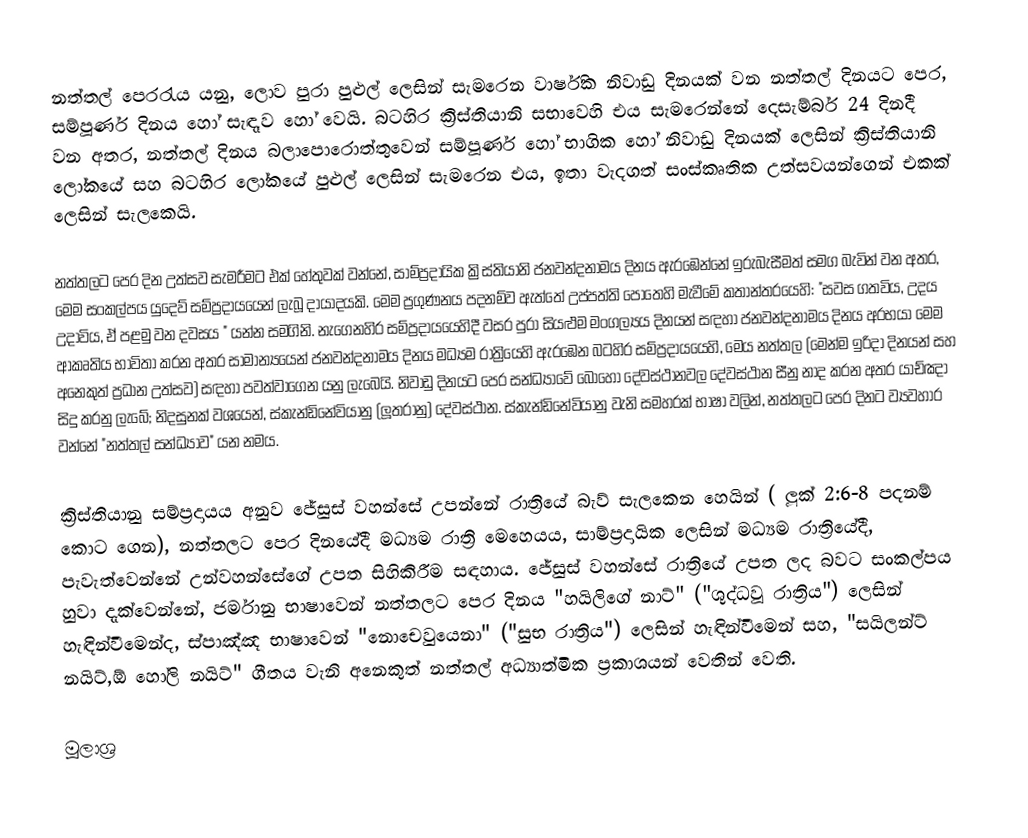
නත්තල් පෙරරැය යනු, ලොව පුරා පුළුල් ලෙසින් සැමරෙන වාර්ෂික නිවාඩු දිනයක්  වන නත්තල් දිනයට පෙර, සම්පූර්ණ දිනය හෝ  සැඳෑව හෝ වෙයි. බටහිර ක්‍රිස්තියානි සභාවෙහි එය සැමරෙන්නේ දෙසැම්බර් 24 දිනදී වන අතර, නත්තල් දිනය බලාපොරොත්තුවෙන්  සම්පූර්ණ හෝ භාගික හෝ නිවාඩු දිනයක් ලෙසින් ක්‍රිස්තියානි ලෝකයේ සහ බටහිර ලෝකයේ පුළුල් ලෙසින් සැමරෙන එය, ඉතා වැදගත් සංස්කෘතික උත්සවයන්ගෙන් එකක් ලෙසින් සැලකෙයි.

නත්තලට පෙර දින උත්සව සැමරීමට එක් හේතුවක් වන්නේ, සාම්ප්‍රදායික ක්‍රිස්තියානි ජනවන්දනාමය දිනය ඇරඹෙන්නේ ඉරුබැසීමත් සමග බැවින් වන අතර, මෙම සංකල්පය යුදෙව් සම්ප්‍රදායයෙන් ලැබූ දායාදයකි.  මෙම ප්‍රගුණනය පදනම්ව ඇත්තේ උප්පත්ති පොතෙහි මැවීමේ කතාන්තරයෙහි: "සවස ගතවිය, උදය උදාවිය, ඒ පළමු වන දවසය " යන්න සමගිනි. නැගෙනහිර සම්ප්‍රදායයෙහිදී වසර පුරා සියළුම මංගල්‍යය දිනයන් සඳහා ජනවන්දනාමය දිනය අරභයා මෙම ආකෘතිය භාවිතා කරන අතර  සාමාන්‍යයෙන් ජනවන්දනාමය දිනය මධ්‍යම රාත්‍රියෙහි ඇරඹෙන බටහිර සම්ප්‍රදායයෙහි, මෙය නත්තල (මෙන්ම ඉරිදා දිනයන් සහ අනෙකුත් ප්‍රධාන උත්සව) සඳහා පවත්වාගෙන යනු ලැබෙයි.  නිවාඩු දිනයට පෙර සන්ධ්‍යාවේ බොහෝ දේවස්ථානවල  දේවස්ථාන සීනු නාද කරන අතර යාච්ඤා සිදු කරනු ලැබේ; නිදසුනක් වශයෙන්, ස්කැන්ඩිනේවියානු (ලූතරානු) දේවස්ථාන.  ස්කැන්ඩිනේවියානු වැනි සමහරක් භාෂා වලින්, නත්තලට පෙර දිනට ව්‍යවහාර වන්නේ "නත්තල් සන්ධ්‍යාව" යන නමය.

ක්‍රිස්තියානු සම්ප්‍රදායය අනුව ජේසුස් වහන්සේ උපන්නේ රාත්‍රියේ බැව් සැලකෙන හෙයින් ( ලූක් 2:6-8 පදනම් කොට ගෙන), නත්තලට පෙර දිනයේදී මධ්‍යම රාත්‍රි මෙහෙයය, සාම්ප්‍රදායික ලෙසින් මධ්‍යම රාත්‍රියේදී, පැවැත්වෙන්නේ උන්වහන්සේගේ උපත සිහිකිරීම සඳහාය.  ජේසුස් වහන්සේ රාත්‍රියේ උපත ලද බවට සංකල්පය හුවා දැක්වෙන්නේ, ජර්මානු භාෂාවෙන් නත්තලට පෙර දිනය  "හයිලිගේ නාට්" ("ශුද්ධවූ රාත්‍රිය") ලෙසින් හැඳින්වීමෙන්ද, ස්පාඤ්ඤ භාෂාවෙන් "නොචෙවුයෙනා" ("සුභ රාත්‍රිය") ලෙසින් හැඳින්වීමෙන් සහ, "සයිලන්ට් නයිට්,ඕ හෝලි නයිට්" ගීතය වැනි අනෙකුත් නත්තල් අධ්‍යාත්මික ප්‍රකාශයන් වෙතින් වෙති.

මූලාශ්‍ර